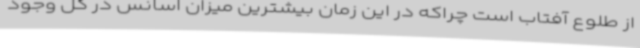
از طلوع آفتاب است چراکه در این زمان بیشترین میزان اسانس در گل وجود